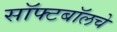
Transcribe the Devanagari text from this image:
सॉफ्टबॉलचे